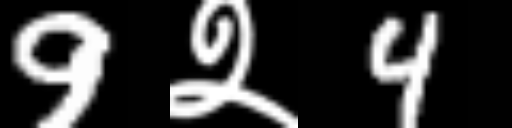
Text: 9२4